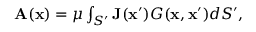
\begin{array} { r } { \mathbf { A } ( \mathbf { x } ) = \mu \int _ { S ^ { \prime } } \mathbf { J } ( \mathbf { x } ^ { \prime } ) G ( \mathbf { x } , \mathbf { x } ^ { \prime } ) d S ^ { \prime } , } \end{array}